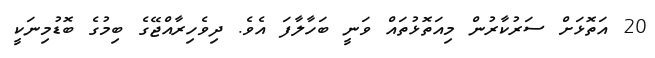
20 އަތޮޅަށް ސަރުކާރުން މިއަތޮޅުތައް ވަނީ ބަހާލާފަ އެވެ. ދިވެހިރާއްޖޭގެ ބިމުގެ ބޮޑުމިނަކީ